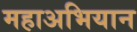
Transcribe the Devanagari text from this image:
महाअभियान